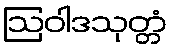
ဩဝါဒသုတ္တံ